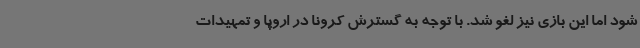
شود اما این بازی نیز لغو شد. با توجه به گسترش کرونا در اروپا و تمهیدات